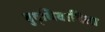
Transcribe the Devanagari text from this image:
बुद्धिवादिता